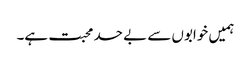
ہمیں خوابوں سے بے حد محبت ہے۔